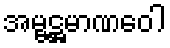
အမ္ဗဋ္ဌမာဏဝေါ